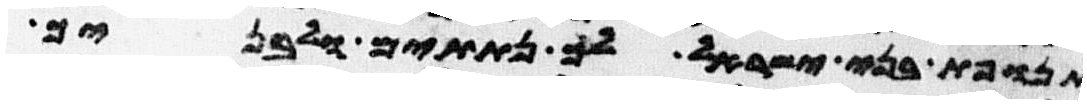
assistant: תנופת בני ישראל לך נתתים ולבניך